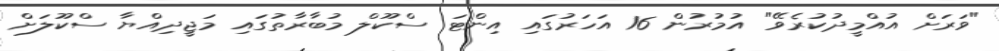
"ވަރަށް އުއްމީދުކުރެވޭ" އުމުރުން 16 އަހަރުގައި އިންޓަ ސްކޫލް މުބާރާތުގައި މަޖީދިއްޔާ ސްކޫލަށް